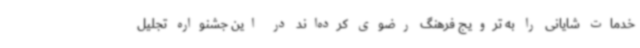
خدمات شایانی را به ترویج فرهنگ رضوی کرده‌اند در این جشنواره تجلیل